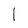
Character: 1